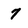
Character: 7